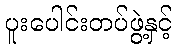
ပူးပေါင်းတပ်ဖွဲ့နှင့်